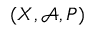
( X , { \mathcal { A } } , P )